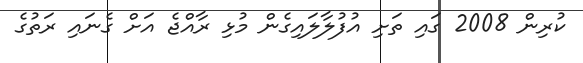
ކުރިން 2008 ގައި ތަށި އުފުލާލައިގެން މުޅި ރާއްޖެ އަށް ގެނައި ރަތުގެ